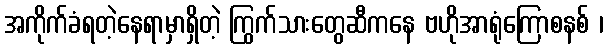
အကိုက်ခံရတဲ့နေရာမှာရှိတဲ့ ကြွက်သားတွေဆီကနေ ဗဟိုအာရုံကြောစနစ် ၊